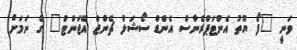
ވަނީ "ފޯ ޔޫތު އެންޓަޕްރެނާސް އެންޑް ސޯޝަލް ޗޭންޖް އޭޖަންޓް" ގެ ނަމަށް